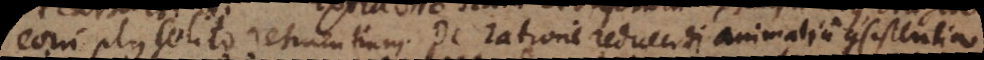
eorum plus solito retinentium. De ratione reducendi animalium consistentia